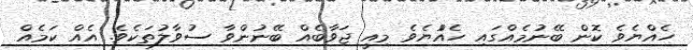
ހެއްޔެވެ ކޮން ބޭނުމެއްގައި ހެއްުޔެވެ މިއީ ޖަވާބެއް ބޭނުންވާ ސުވާލުތަކެވެ. އެއް ކަމެއް